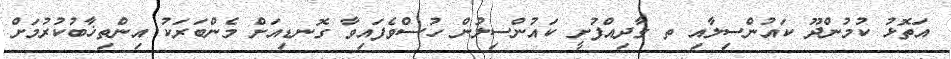
އަތޮޅު ކުމުންދޫ ކައުންސިލާއި ތ ގާދިއްފުށީ ކައުންސިލުން ހުސްވެފައިވާ ގޮނޑިއަށް މެންބަރަކު އިންތިޚާބުކުރުމަށް